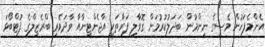
އެންމެފަހުން މެސީގެ ނިންމުން ބަދަލުކުރުމަށް ގޮވާލި ފަރާތަކީ އާޖެންޓީނާއާ ވާދަވެރި ބްރެޒިލްގެ ފުޓްބޯޅަ